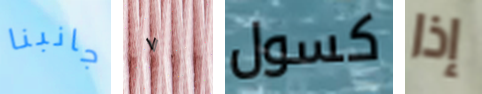
جانبنا ٧ كسول إذا